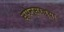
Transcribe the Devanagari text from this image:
स्पेन्सरच्या